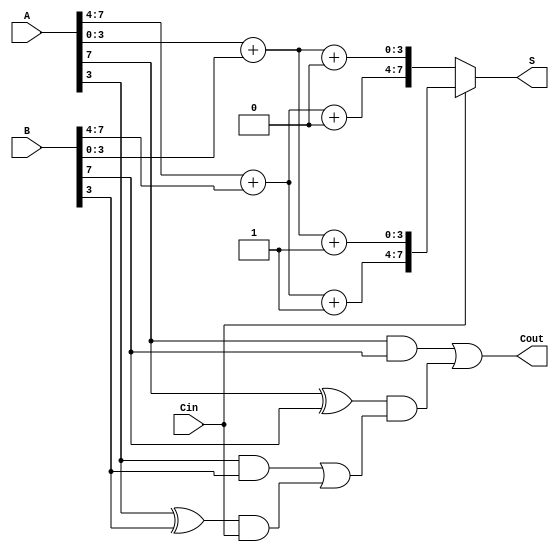
module CarrySelectAdder #(parameter N = 8) (
    input [N-1:0] A,       // First n-bit number
    input [N-1:0] B,       // Second n-bit number
    input Cin,             // Carry-in signal
    output [N-1:0] S,      // Sum output
    output Cout            // Carry-out signal
);
    // Internal wire declarations
    wire [N/4-1:0] G;      // Generate signals for each block
    wire [N/4-1:0] P;      // Propagate signals for each block
    wire [N/4:0] C;        // Carry outputs for each block
    wire [N-1:0] S0, S1;   // Sum outputs for Cin=0 and Cin=1

    // Generate and propagate logic for each block
    genvar i;
    generate
        for (i = 0; i < N/4; i = i + 1) begin : block
            wire [3:0] A_block, B_block;

            assign A_block = A[(i+1)*4-1 -: 4]; // Extract 4 bits from A
            assign B_block = B[(i+1)*4-1 -: 4]; // Extract 4 bits from B

            // Carry-out from previous block
            assign G[i] = A_block[3] & B_block[3];
            assign P[i] = A_block[3] ^ B_block[3];
            assign C[i+1] = G[i] | (P[i] & C[i]); // Carry lookahead

            // Sum calculations based on Cin
            assign S0[(i+1)*4-1 -: 4] = A_block + B_block + 4'b0000; // Cin = 0
            assign S1[(i+1)*4-1 -: 4] = A_block + B_block + 4'b0001; // Cin = 1
        end
    endgenerate

    // Initial carry-in
    assign C[0] = Cin;
    
    // Mux selection of the sum outputs
    assign S = (Cin == 1'b0) ? S0 : S1;

    // Final carry-out selection
    assign Cout = C[N/4];

endmodule